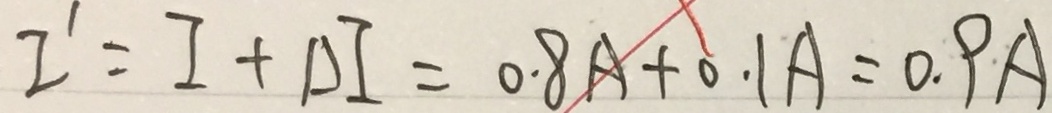
I ^ { \prime } = I + \Delta I = 0 . 8 A + 0 . 1 A = 0 . 9 A